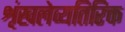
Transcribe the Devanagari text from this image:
शृंखलेव्यतिरिक्त